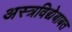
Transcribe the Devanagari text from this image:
अस्त्रविद्येबाबत